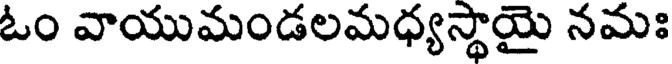
ఓం వాయుమండలమధ్యస్థాయై నమః